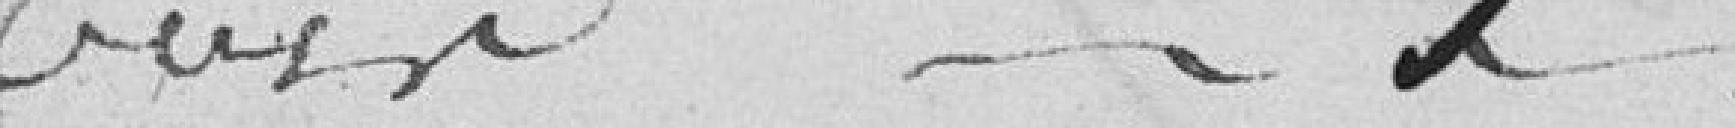
bois .